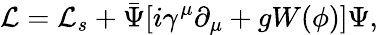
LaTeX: {\cal L}={\cal L}_{s}+\bar{\Psi}[i\gamma^{\mu}\partial_{\mu}+gW(\phi)]\Psi,